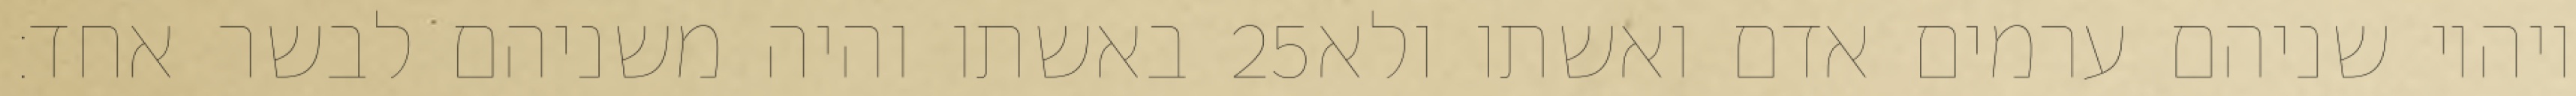
באשתו והיה משניהם לבשר אחד׃ ‎25‏ ויהיו שניהם ערמים אדם ואשתו ולא